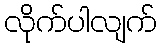
လိုက်ပါလျက်